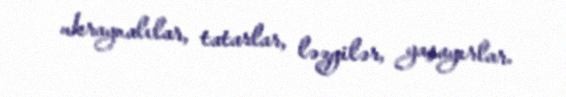
ukraynalılar, tatarlar, ləzgilər, yaşayırlar.